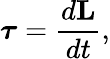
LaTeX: {\boldsymbol{\tau}}={\frac{d\mathbf{L}}{dt}},